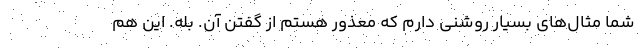
شما مثال‌هاي بسيار روشني دارم كه معذور هستم از گفتن آن. بله. اين هم